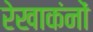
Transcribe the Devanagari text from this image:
रेखाकंनों